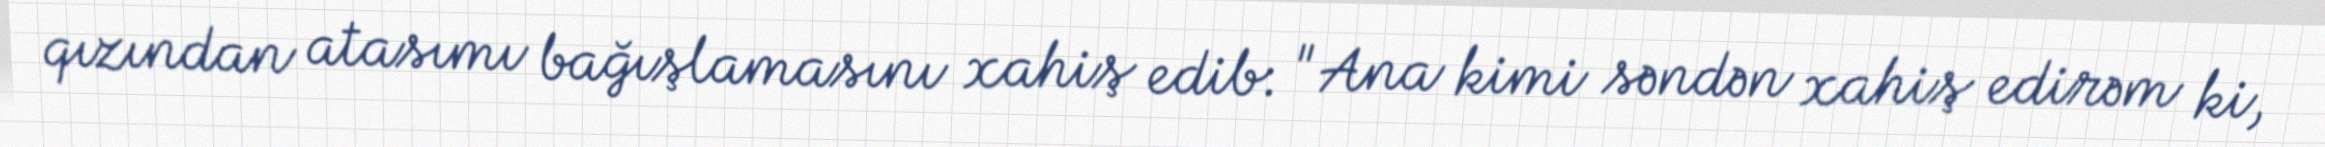
qızından atasımı bağışlamasını xahiş edib: "Ana kimi səndən xahiş edirəm ki,